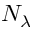
N _ { \lambda }